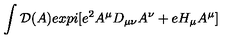
\int { \cal D } ( A ) e x p i [ e ^ { 2 } A ^ { \mu } D _ { \mu \nu } A ^ { \nu } + e H _ { \mu } A ^ { \mu } ]